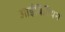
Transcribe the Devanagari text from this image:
आईबिरियन